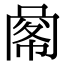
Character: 𢃹